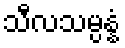
သီလသမ္ပန္နံ